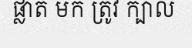
ផ្លាត មក ត្រូវ ក្បាល